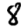
Digit: 8